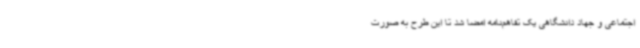
اجتماعی و جهاد دانشگاهی یک تفاهم‌نامه امضا شد تا این طرح به صورت